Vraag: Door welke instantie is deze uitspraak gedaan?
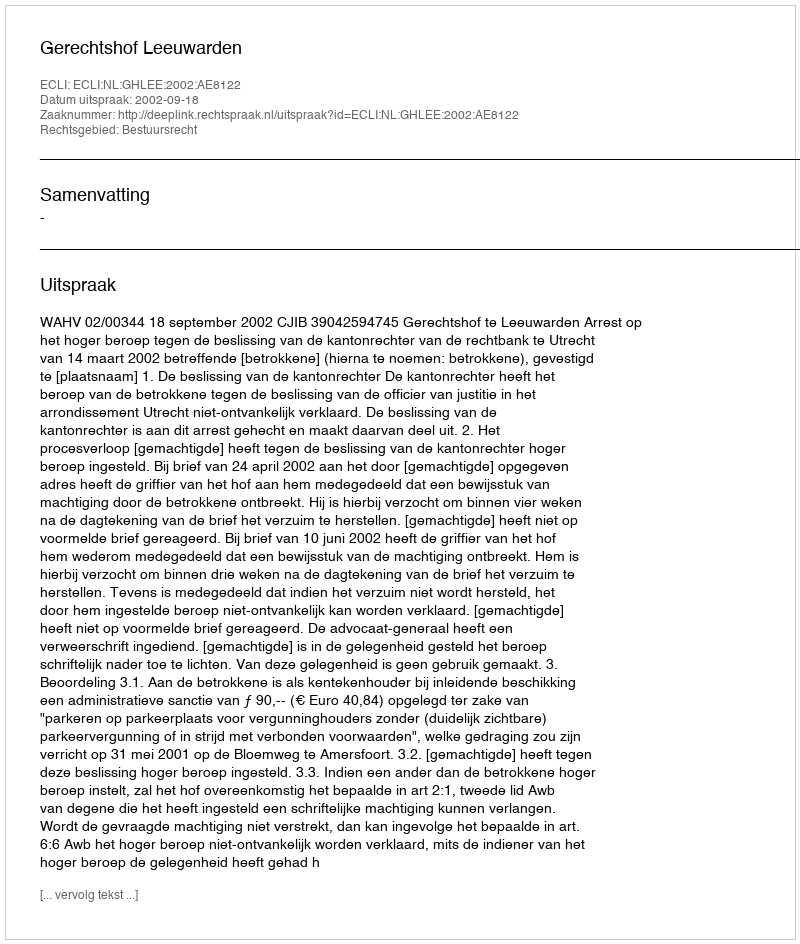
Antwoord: Gerechtshof Leeuwarden